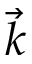
\overrightarrow { k }